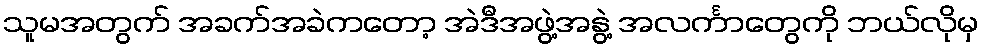
သူမအတွက် အခက်အခဲကတော့ အဲဒီအဖွဲ့အနွဲ့ အလင်္ကာတွေကို ဘယ်လိုမှ